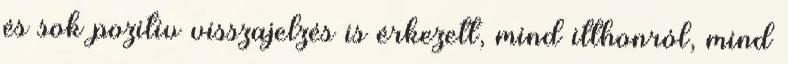
és sok pozitív visszajelzés is érkezett, mind itthonról, mind